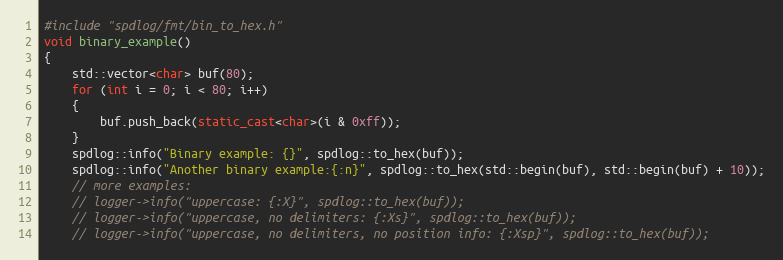
Language: C++
#include "spdlog/fmt/bin_to_hex.h"
void binary_example()
{
    std::vector<char> buf(80);
    for (int i = 0; i < 80; i++)
    {
        buf.push_back(static_cast<char>(i & 0xff));
    }
    spdlog::info("Binary example: {}", spdlog::to_hex(buf));
    spdlog::info("Another binary example:{:n}", spdlog::to_hex(std::begin(buf), std::begin(buf) + 10));
    // more examples:
    // logger->info("uppercase: {:X}", spdlog::to_hex(buf));
    // logger->info("uppercase, no delimiters: {:Xs}", spdlog::to_hex(buf));
    // logger->info("uppercase, no delimiters, no position info: {:Xsp}", spdlog::to_hex(buf));